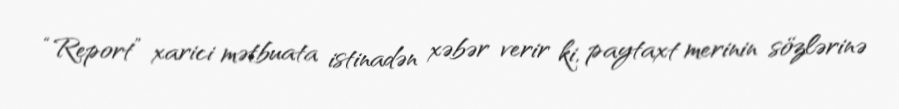
“Report” xarici mətbuata istinadən xəbər verir ki, paytaxt merinin sözlərinə